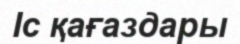
Іс қағаздары